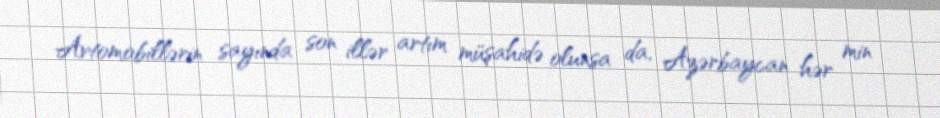
Avtomobillərin sayında son illər artım müşahidə olunsa da, Azərbaycan hər min